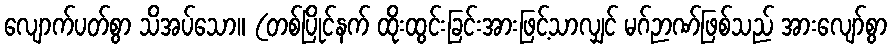
လျောက်ပတ်စွာ သိအပ်သော။ (တစ်ပြိုင်နက် ထိုးထွင်းခြင်းအားဖြင့်သာလျှင် မဂ်ဉာဏ်ဖြစ်သည် အားလျော်စွာ